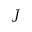
{ \cal J }